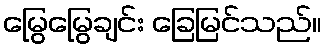
မြွေမြွေချင်း ခြေမြင်သည်။